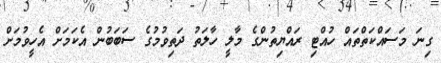
ގިނަ މަސައްކަތްތައް ހުއްޓި ރައްޔިތުންގެ މާލީ ހާލަތު ދަތިވުމުގެ ސަބަބުން އެކަމަށް އެހީވުމަށް